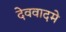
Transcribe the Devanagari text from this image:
देववादमे